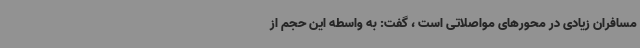
مسافران زیادی در محورهای مواصلاتی است ‌، گفت: به واسطه این‌ حجم از